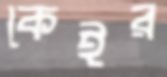
কেইর